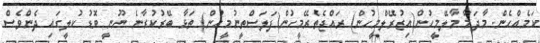
ކަމެއްހެން. މާދަމާ މާލޭމީހުން(އިޒުރޭލްމީހުން) ރައްޖެތެރޭމީހުން(ފަލަސްތީނުމީހުން) ތަޅާ ބޭރުކުރާނެ ނޫނީ ބޮޑު ކުލީގައި ދެންވެސް